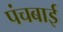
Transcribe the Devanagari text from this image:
पंचबाई